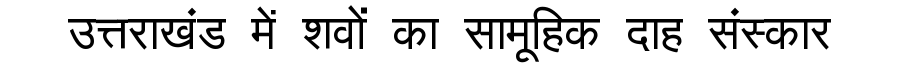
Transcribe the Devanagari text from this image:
उत्तराखंड में शवों का सामूहिक दाह संस्कार